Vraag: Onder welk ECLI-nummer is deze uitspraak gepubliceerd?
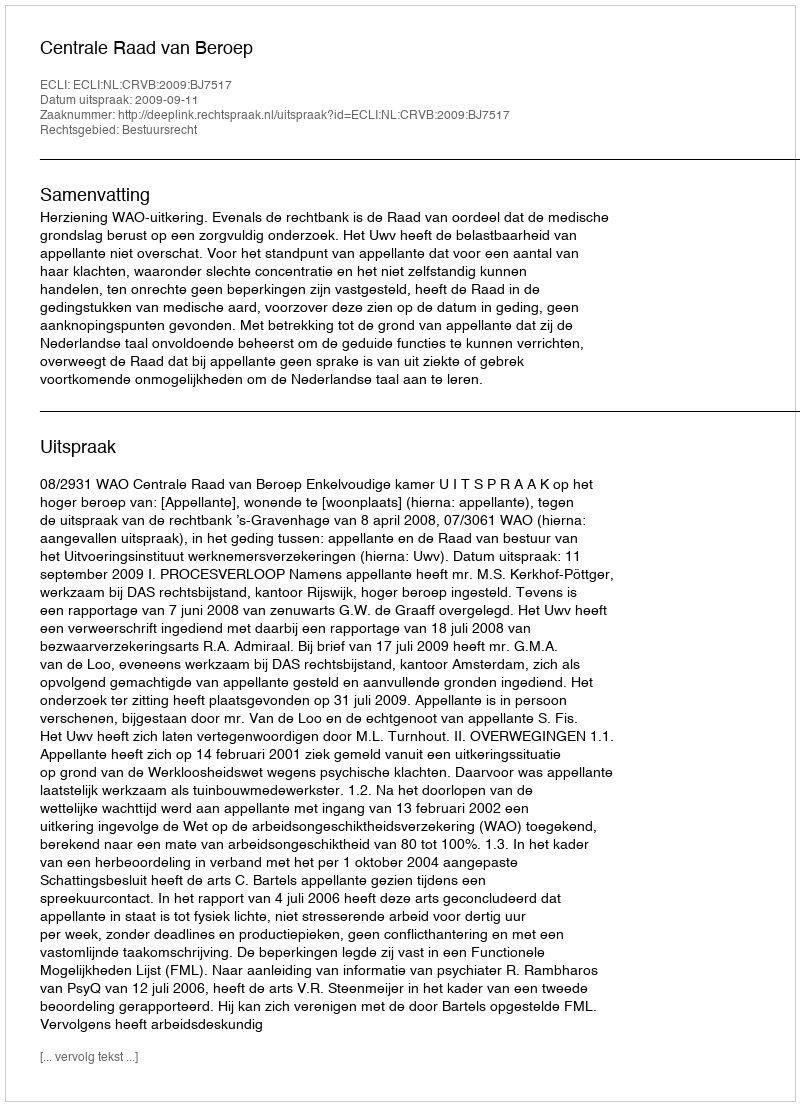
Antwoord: ECLI:NL:CRVB:2009:BJ7517